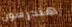
هندرسون